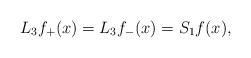
LaTeX: \begin{align*} L_3f_+(x)=L_3f_-(x)=S_1f(x),\end{align*}